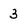
Character: 3